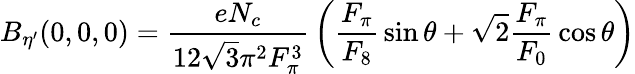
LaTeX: B_{\eta^{\prime}}(0,0,0)={\frac{eN_{c}}{12\sqrt{3}\pi^{2}F_{\pi}^{3}}}\left({\frac{F_{\pi}}{F_{8}}}\sin\theta+\sqrt{2}{\frac{F_{\pi}}{F_{0}}}\cos\theta\right)